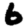
Digit: 6